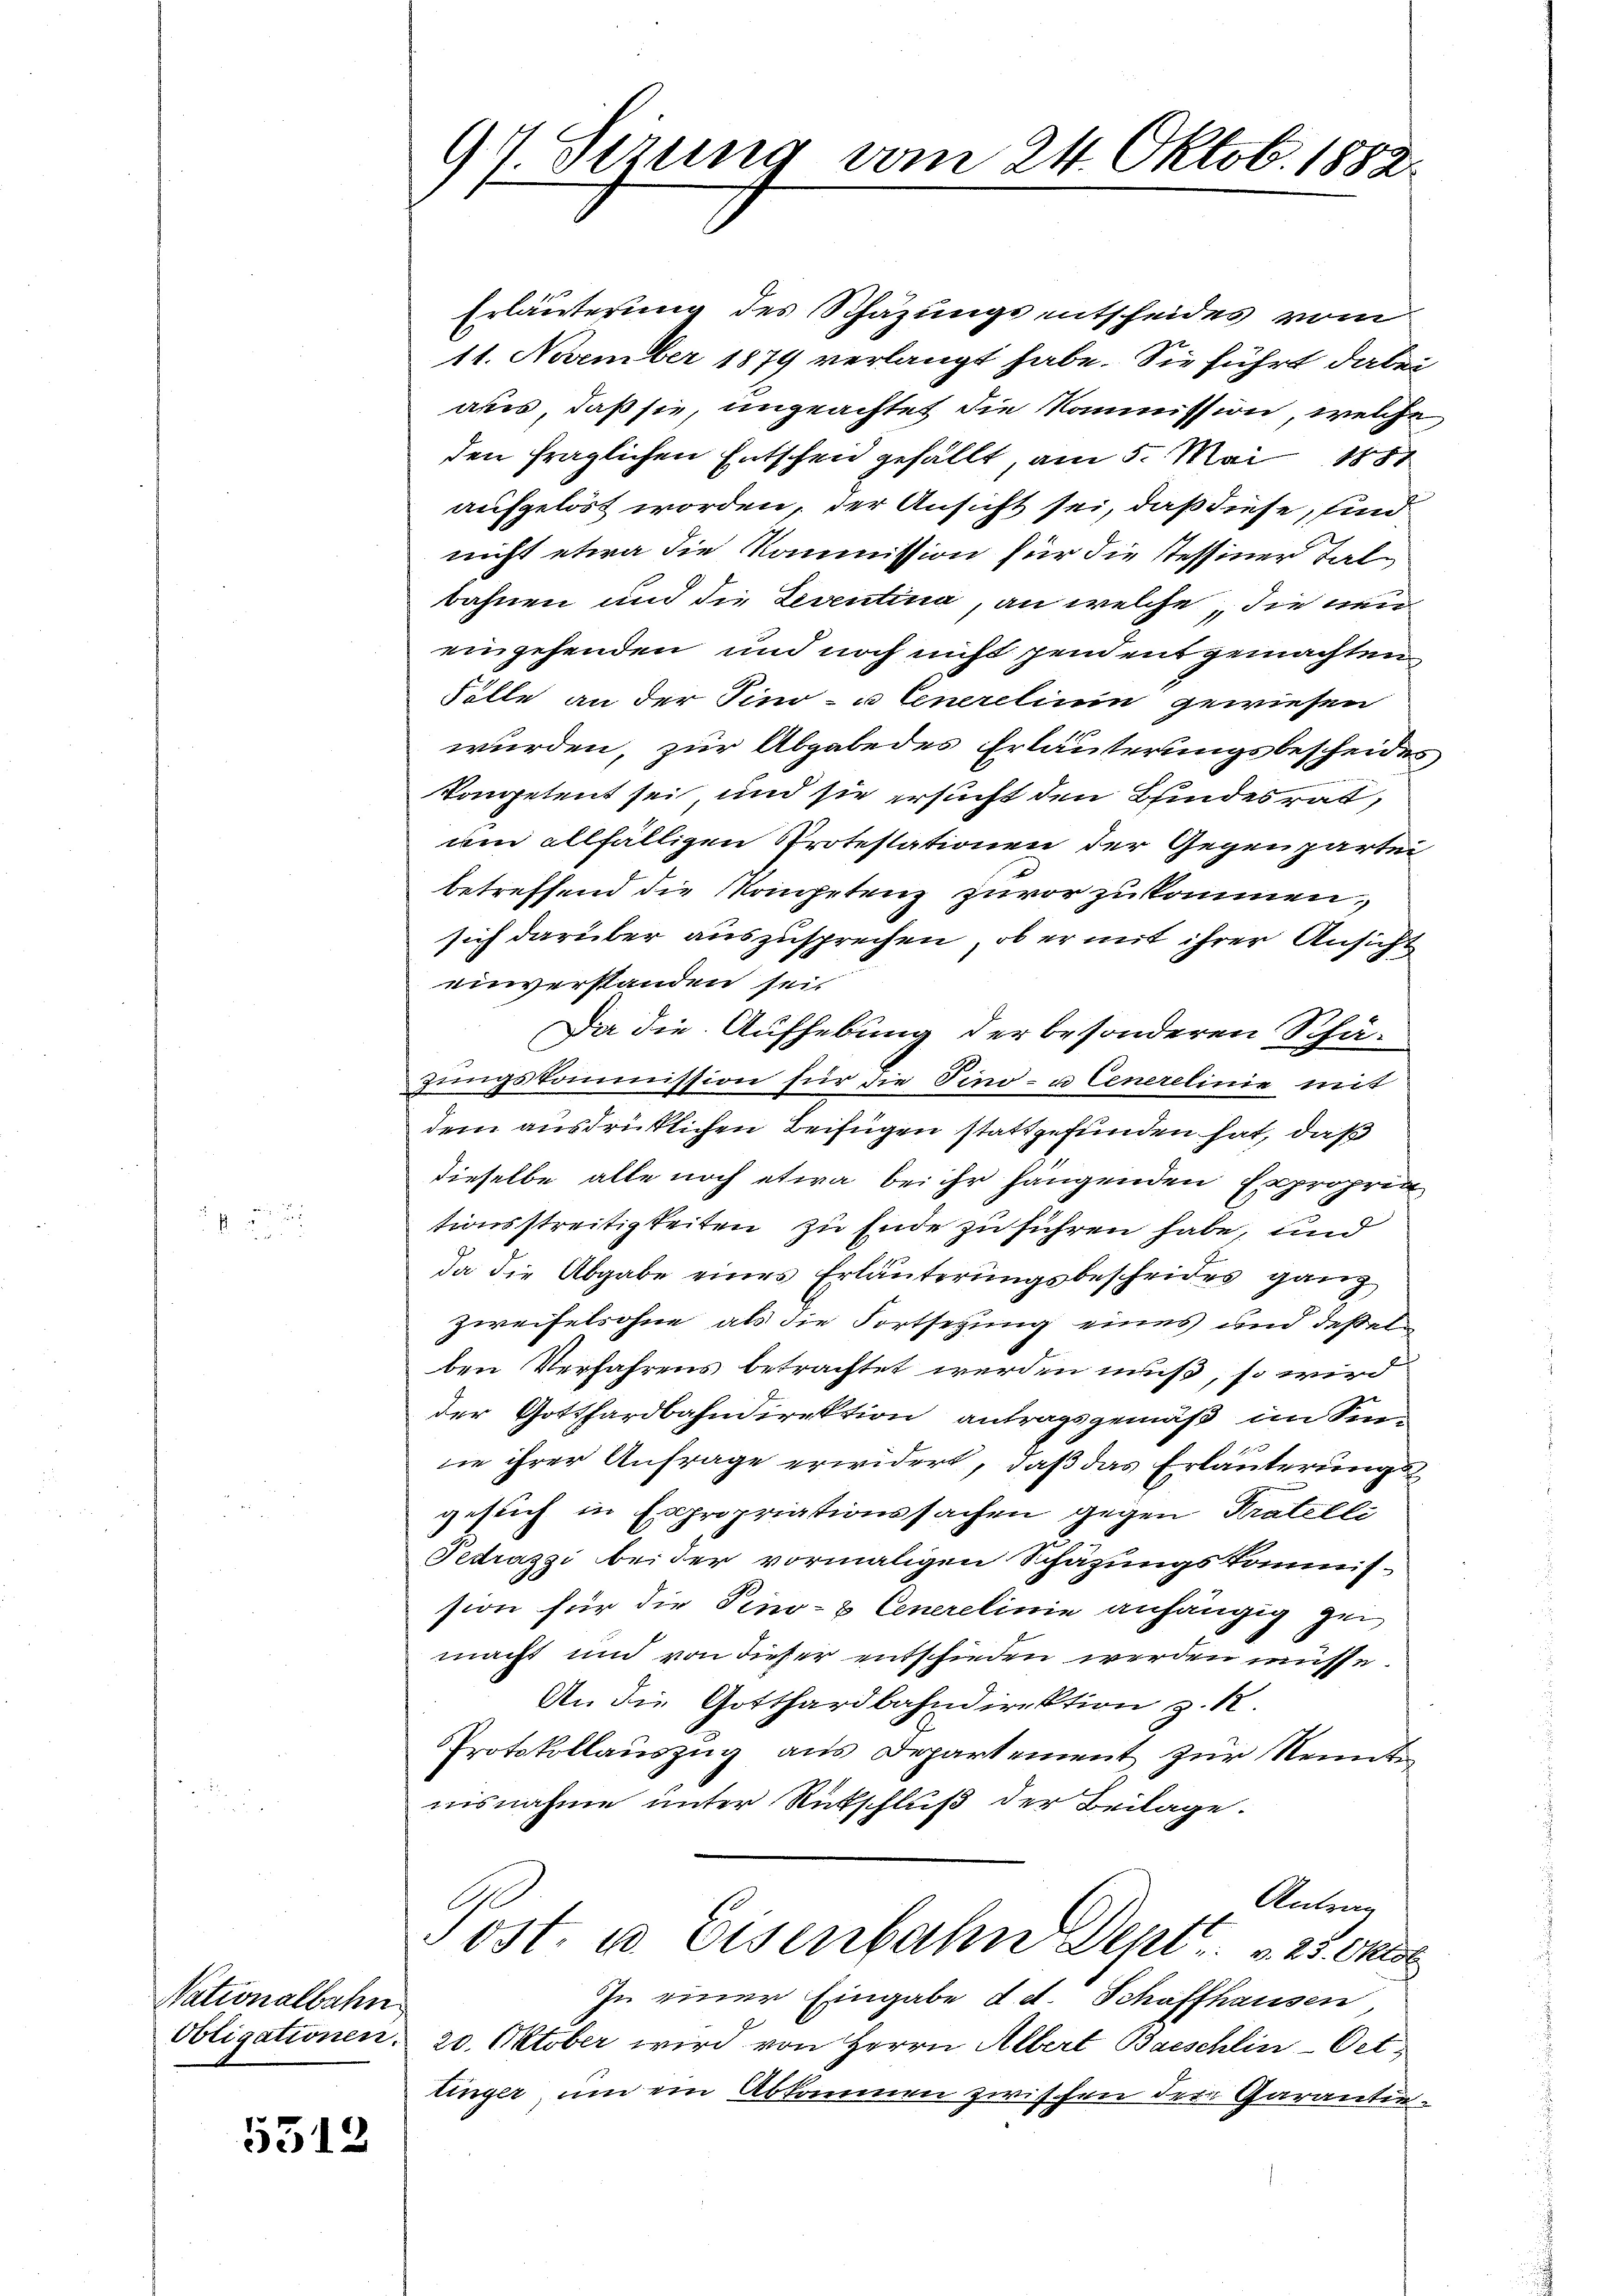
Nationalbahn
Obligationen.

5512

97. Sizung vom 24. Oktob. 1882.

Erläuterung des Schazungs entscheides vom
11. November 1879 verlangt habe. Sie führt dabei
aus, daß sie, ungeachtet die Kommission, welche
den fraglichen Entschen gefällt, am 5. Mai 1881
aufgelöst worden, der Ansicht sei, daß diese, sind
nicht etwa die Kommission für die Tessiner Tal-
bahnen und die Leventina, an welche die wie
eingehenden und noch nicht sein entgemachten
Sölle an der Sino- u Generelium gewiesen
wurden, zur Abgabe des Erläuterungsbescheides
kompetent sei, und sie ersucht den Bindesrat,
am allfälligen Protestationen der Gegenpartei
betreffend die Kompetenz zuvor zukommen,
sich darüber auszusprechen, ob er mit ihrer Ansicht
einverstanden sei.
Da die Aufhebung der besonderen Schäzungskommission für die Tino- u Cenerelinie mit
dem ausdrücklichen Beifügen stattgefunden hat, daß
dieselbe alle noch etwa bei ihr hängenden Expropria
tionsstreitigkeiten zu Ende zu führen habe, und
da die Abgabe eines Erläuterungsbescheides ganz
Zweifelsohne als die Fortsetzung eines und deßelben Verfahrens betrachtet werden muß, so wird
der Gotthardbahndirektion antragsgemäß im Sennie ihrer Anfrage erwidert, daß das Erläuterungsgesuch in Expropriationssachen gegen Kratelli
Tedrazzi beider vormaligen Schäzungskommis-
sion für die Pino- & Generelinie anhängig ge
macht und von dieser entschieden werden müsse.
An die Gotthardbahndirektion z. 12.
Protokollauszug aus Departement zur Kennt
nisnahme unter Rütschluß der Beilage.
Antrag
ost. u. Eisenbahn Sept. . . . 23. Okto
In einer Eingabe d. d. Schaffhausen,
20. Oktober wird von Herrn Albert Barschlin-Oet
linger, um ein Abkommen zwischen der Garantie¬